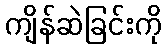
ကျိန်ဆဲခြင်းကို